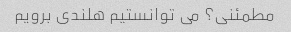
مطمئنی؟ می توانستیم هلندی برویم